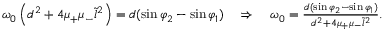
\begin{array} { r } { \omega _ { 0 } \left( d ^ { 2 } + 4 \mu _ { + } \mu _ { - } \tilde { l } ^ { 2 } \right) = d ( \sin \varphi _ { 2 } - \sin \varphi _ { 1 } ) \quad \Rightarrow \quad \omega _ { 0 } = \frac { d ( \sin \varphi _ { 2 } - \sin \varphi _ { 1 } ) } { d ^ { 2 } + 4 \mu _ { + } \mu _ { - } \tilde { l } ^ { 2 } } . } \end{array}